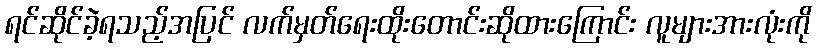
ရင်ဆိုင်ခဲ့ရသည့်အပြင် လက်မှတ်ရေးထိုးတောင်းဆိုထားကြောင်း လူများအားလုံးကို